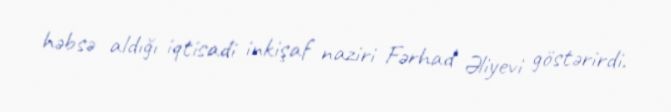
həbsə aldığı iqtisadi inkişaf naziri Fərhad Əliyevi göstərirdi.